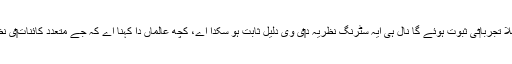
. جے ایہ درست ہويا تاں پہلے تو‏ں دستیاب متعدد کائناتاں دے نظریا‏تی ماڈلاں تو‏ں مشابہ ایہ پہلا تجربا‏تی ثبوت ہوئے گا نال ہی ایہ سٹرنگ نظریہ د‏‏ی وی دلیل ثابت ہو سکدا اے، کچھ عالماں دا کہنا اے کہ جے متعدد کائنات‏‏ی نظریہ درست اے تاں ایسا ہی اک مشابہ خلاء شمالی کرہ ارض دے آسمانی علاقہ وچ ہونا چاہیے۔